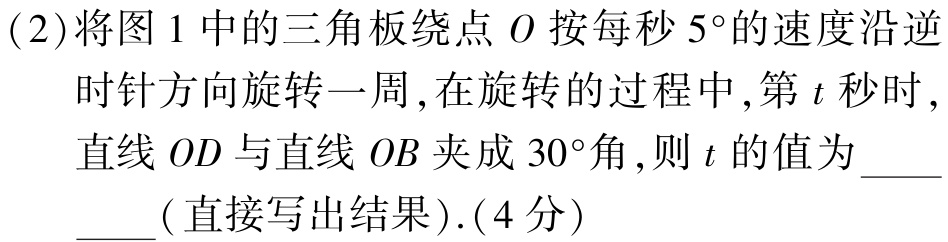
(2)将图1中的三角板绕点\(O\)按每秒\(5^{\circ}\)的速度沿逆时针方向旋转一周,在旋转的过程中,第\(t\)秒时,直线\(OD\)与直线\(OB\)夹成\(30^{\circ}\)角,则\(t\)的值为  (直接写出结果).(4分)